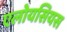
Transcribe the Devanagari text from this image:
एलोयसियस